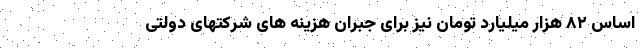
اساس ۸۲ هزار میلیارد تومان نیز برای جبران هزینه های شرکتهای دولتی